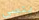
ينسي